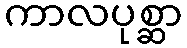
ကာလပုစ္ဆာ